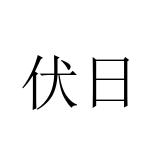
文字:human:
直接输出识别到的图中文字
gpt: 伏日